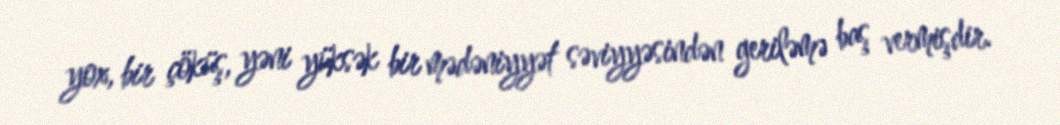
yox, bir çöküş, yəni yüksək bir mədəniyyət səviyyəsindən geriləmə baş vermişdir.